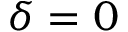
\delta = 0